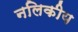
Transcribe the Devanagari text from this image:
नलिकीय